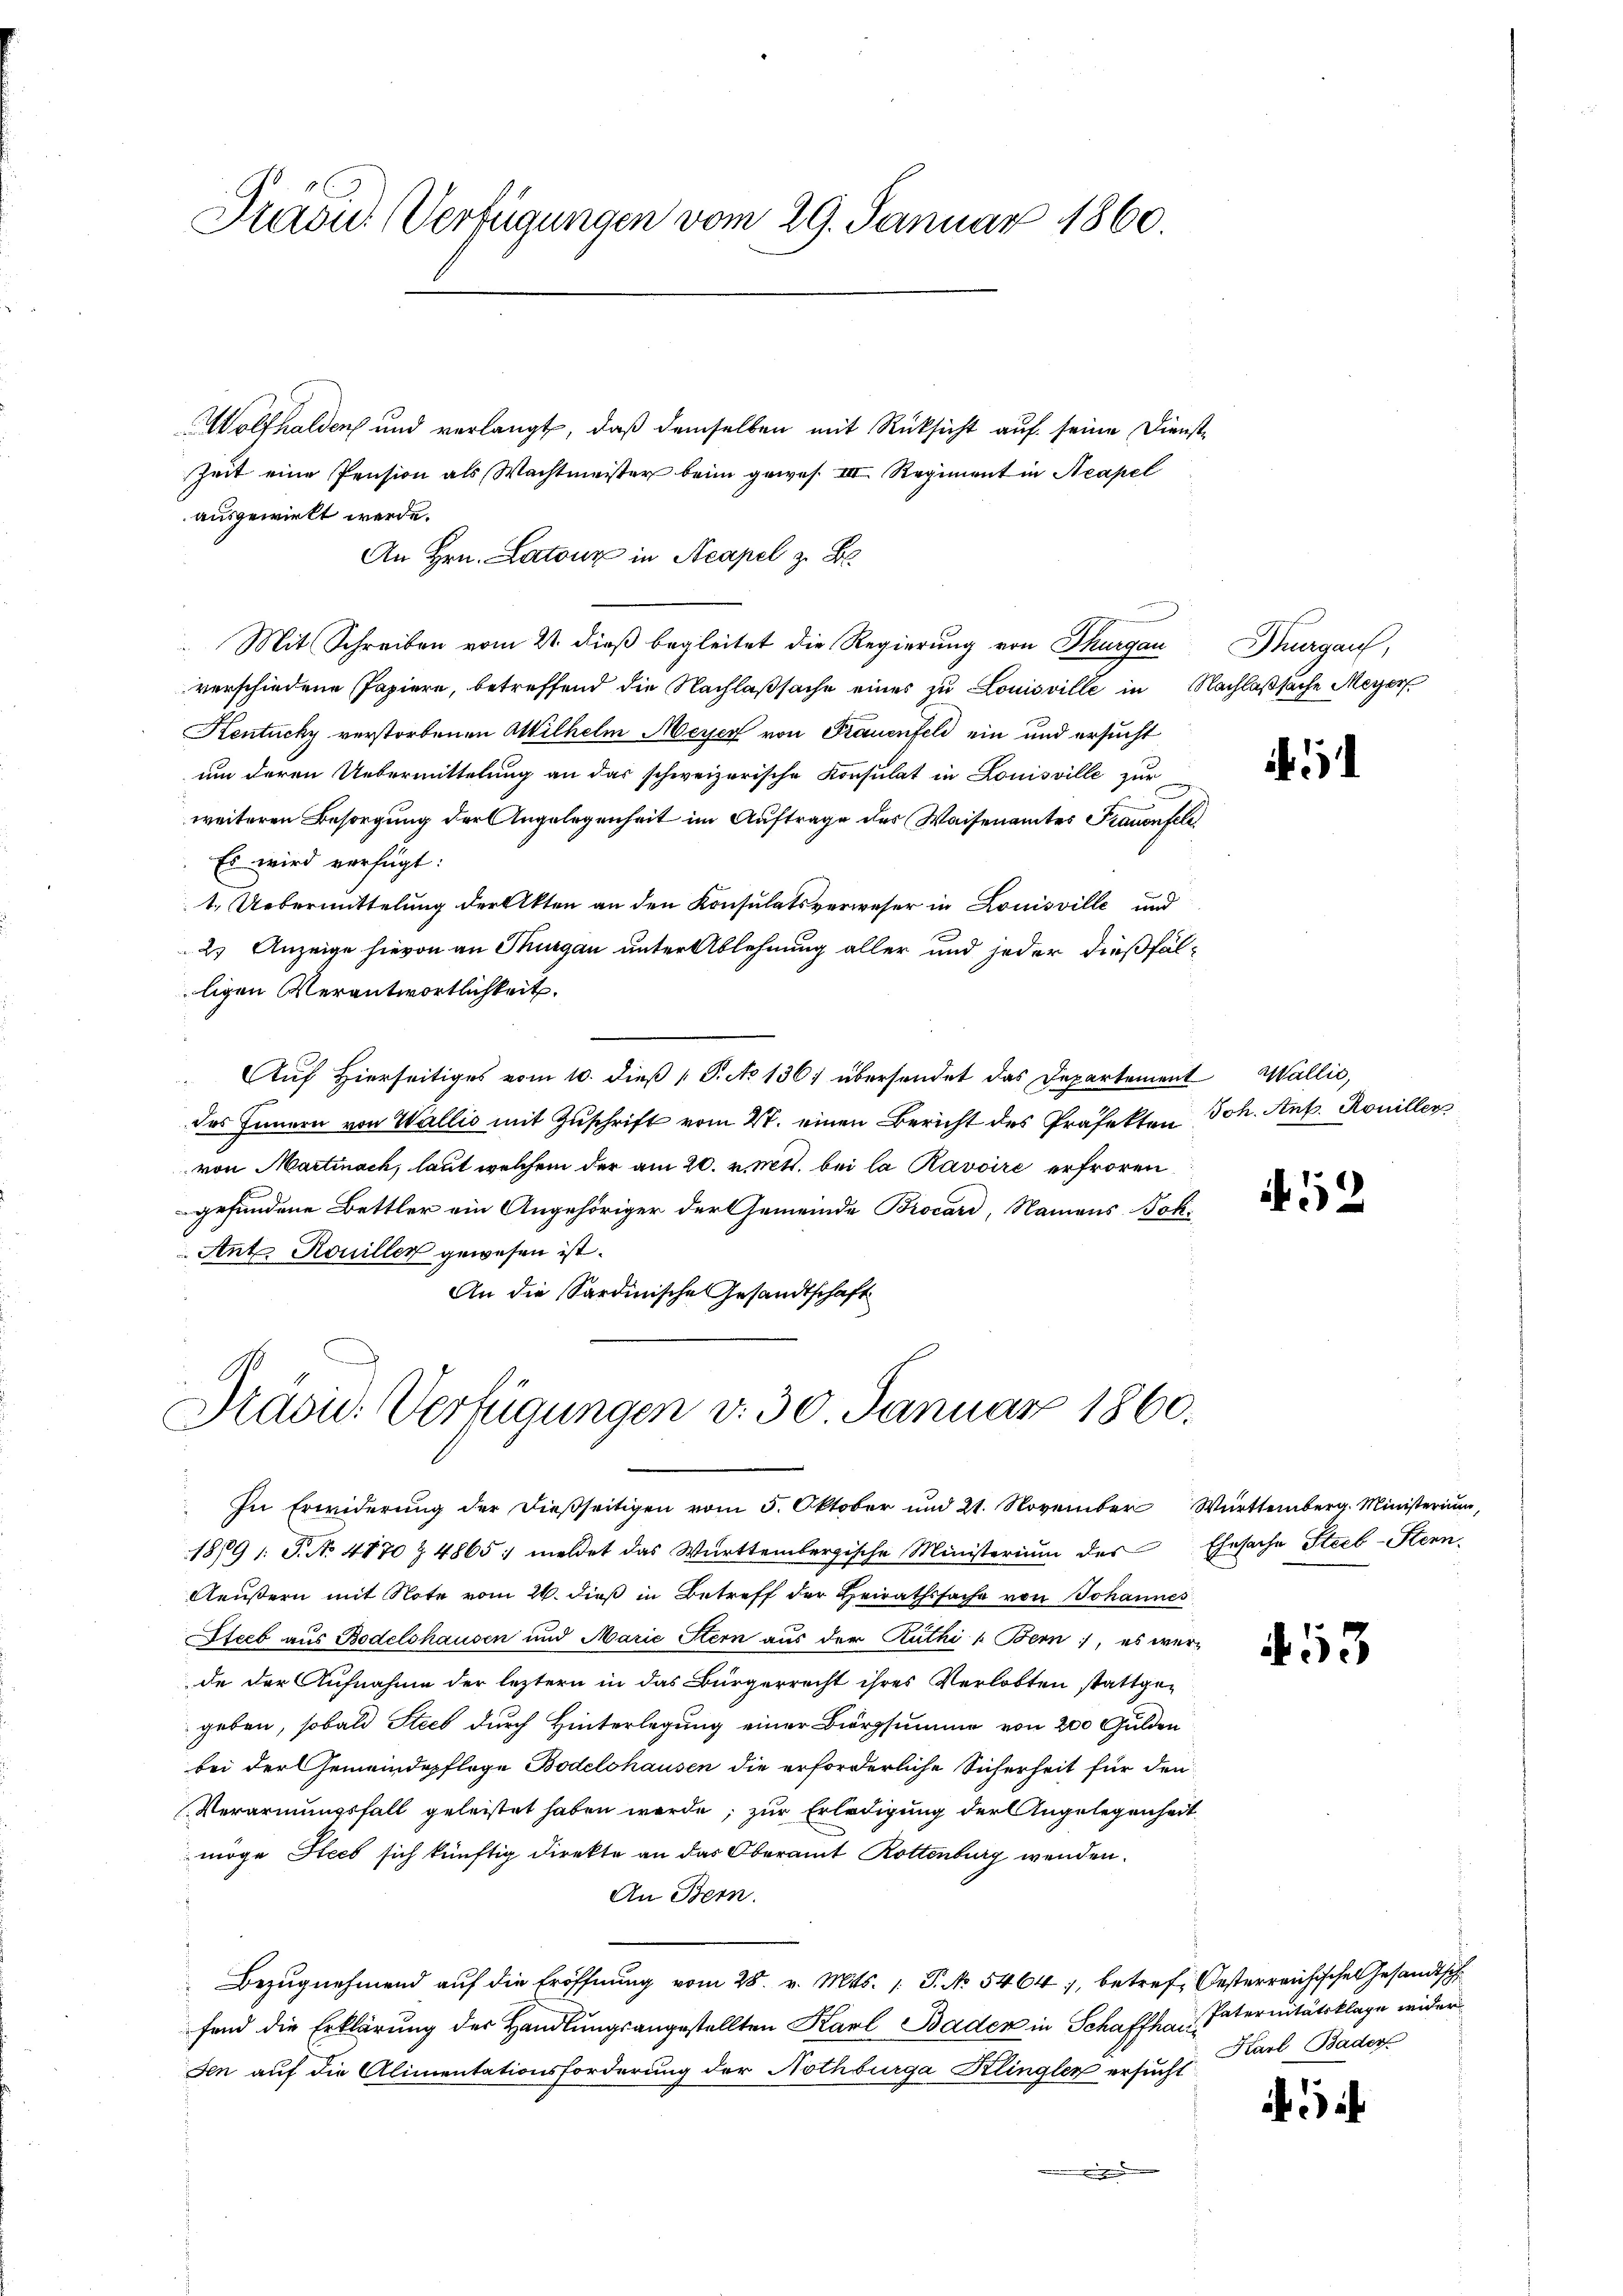
Previd. Verfügungen vom 29. Januar 1860.

Wolfhalden und verlangt, daß demselben mit Rücksicht auf seine Dienst¬
Zeit eine Pension als Wachtmeister beim gewes. III Regiment in Neapel
ausgewirkt werde.
An Hrn. Latour in Acapel z. B.
Mit Schreiben vom 21. dieß begleitet die Regierung von Thurgau
verschiedene Papiere, betreffend die Nachlaßsache eines zu Louisville in Nachlaßsache Meyer
Kentucky verstorbenen Wilhelm Meyer von Frauenfeld ein und ersucht
um deren Uebermittelung an das schweizerische Konsulat in Louisville zur
2
weiteren Besorgung der Angelegenheit im Auftrage des Waisenamtes Frauenfeld
Es wird verfügt:
1. Uebermittelung der Akten an den Konsulatsverweser in Louisville und
2. Anzeige hievon an Thurgau unter Ablehnung aller und jeder dießfälligen Verantwortlichkeit.
Auf Hierseitiges vom 10. dieß P. No 136) übersendet das Departement Wallić,
des Innern von Wallis mit Zŭschrift vom 27. einen Bericht des Präfekten Joh. Ant. Roniller
von Martinach, laut welchem der am 20. v. Mtt. bei la Ravoire erfroren
gefundene Bettler ein Angehöriger der Gemeinde Brocard, Namens Bok¬
Ant. Rouiller gewesen ist.
An die Sardinische Gesandtschaft

Präsid. Verfügungen v. 30. Januar 1860.

In Erwiderŭng der dießseitigen vom 5. Oktober und 21. November Württemberg. Ministerium
1879 : S. No. 4870 Z. 4865: meldet das Württembergische Ministerium des Ehesache Steeb-Stern-
Aeußern mit Note vom 26. dieß in Betreff der Heirathssache von Johannes
Steeb aus Bodelshausen und Marie Stern aus der Ruthi /: Bern, es wer-
de der Aufnahme der leztern in das Bürgerrecht ihres Verlobten stattgegeben, sobald Steeb durch Hinterlegung einer Bierzsumme von 200 Gulden
bei der Gemeindepfloge Bodelshausen die erforderliche Sicherheit für den
Verarmungsfall geleistet haben werde; zur Erledigung der Angelegenheit
möge Steeb sich künftig Direkte an das Oberamt Rottenburg wenden.
An Bern.
Bezŭgnehmend auf die Eröffnung vom 28. v. Mts. 1. P. No 5464, betref Oesterreichischen Gesandtsch
fend die Erklärung des Handlungsangestellten Karl Baden in Schaffhaus Paternitätsklage wider
Ien auf die Alimentationsforderung der Nothburga Klingler ersucht

Thurgau,

A. 52

4. 53

i i

Karl Bader